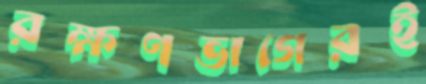
রক্ষণভাগেরই